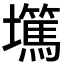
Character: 𡓞